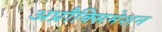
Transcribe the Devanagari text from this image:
अप्रौक्सिमेशन